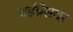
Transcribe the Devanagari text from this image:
वर्डप्रेसवर